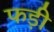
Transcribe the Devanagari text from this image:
फड़ी